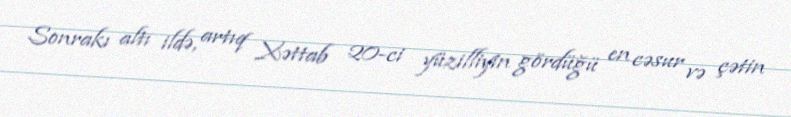
Sonrakı altı ildə, artıq Xəttab 20-ci yüzilliyin gördüğü en cəsur və çətin